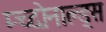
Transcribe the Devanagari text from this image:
म्च्दोनाल्ड्स